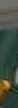
.